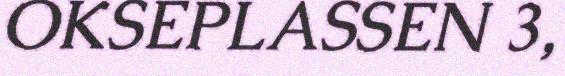
OKSEPLASSEN 3,